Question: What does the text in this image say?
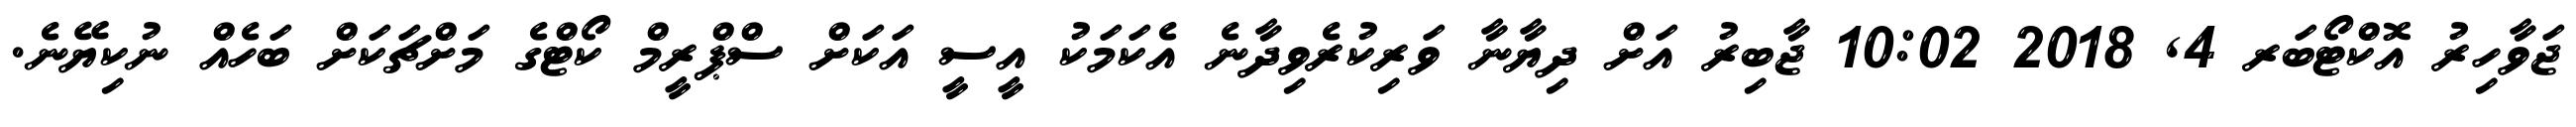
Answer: ޖަވާހިރު އޮކްޓޯބަރ 4, 2018 10:02 ޖާބިރު އަށް ދިޔާނާ ވަރިކުރެވިދާނެ އެކަމަކު އީސީ އަކަށް ސްޕްރީމް ކޯޓްގެ މަށްޗަކަށް ބަހެއް ނުކިޔޭނެ.